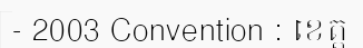
- 2003 Convention : ខេត្ត